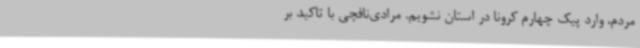
مردم، وارد پیک چهارم کرونا در استان نشویم. مرادی‌نافچی با تاکید بر